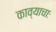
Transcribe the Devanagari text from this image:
काव्याचाः